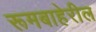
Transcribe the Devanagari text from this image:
रूमबाहेरील